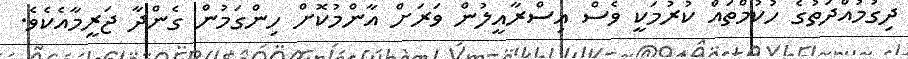
ދިގުމުއްދަތުގެ ހުކުމްތައް ކުރުމަކީ ވެސް އިސްރާއީލުން ވަރަށް އާންމުކޮށް ހިންގަމުން ގެންދާ ޖަރީމާއެކެވެ.